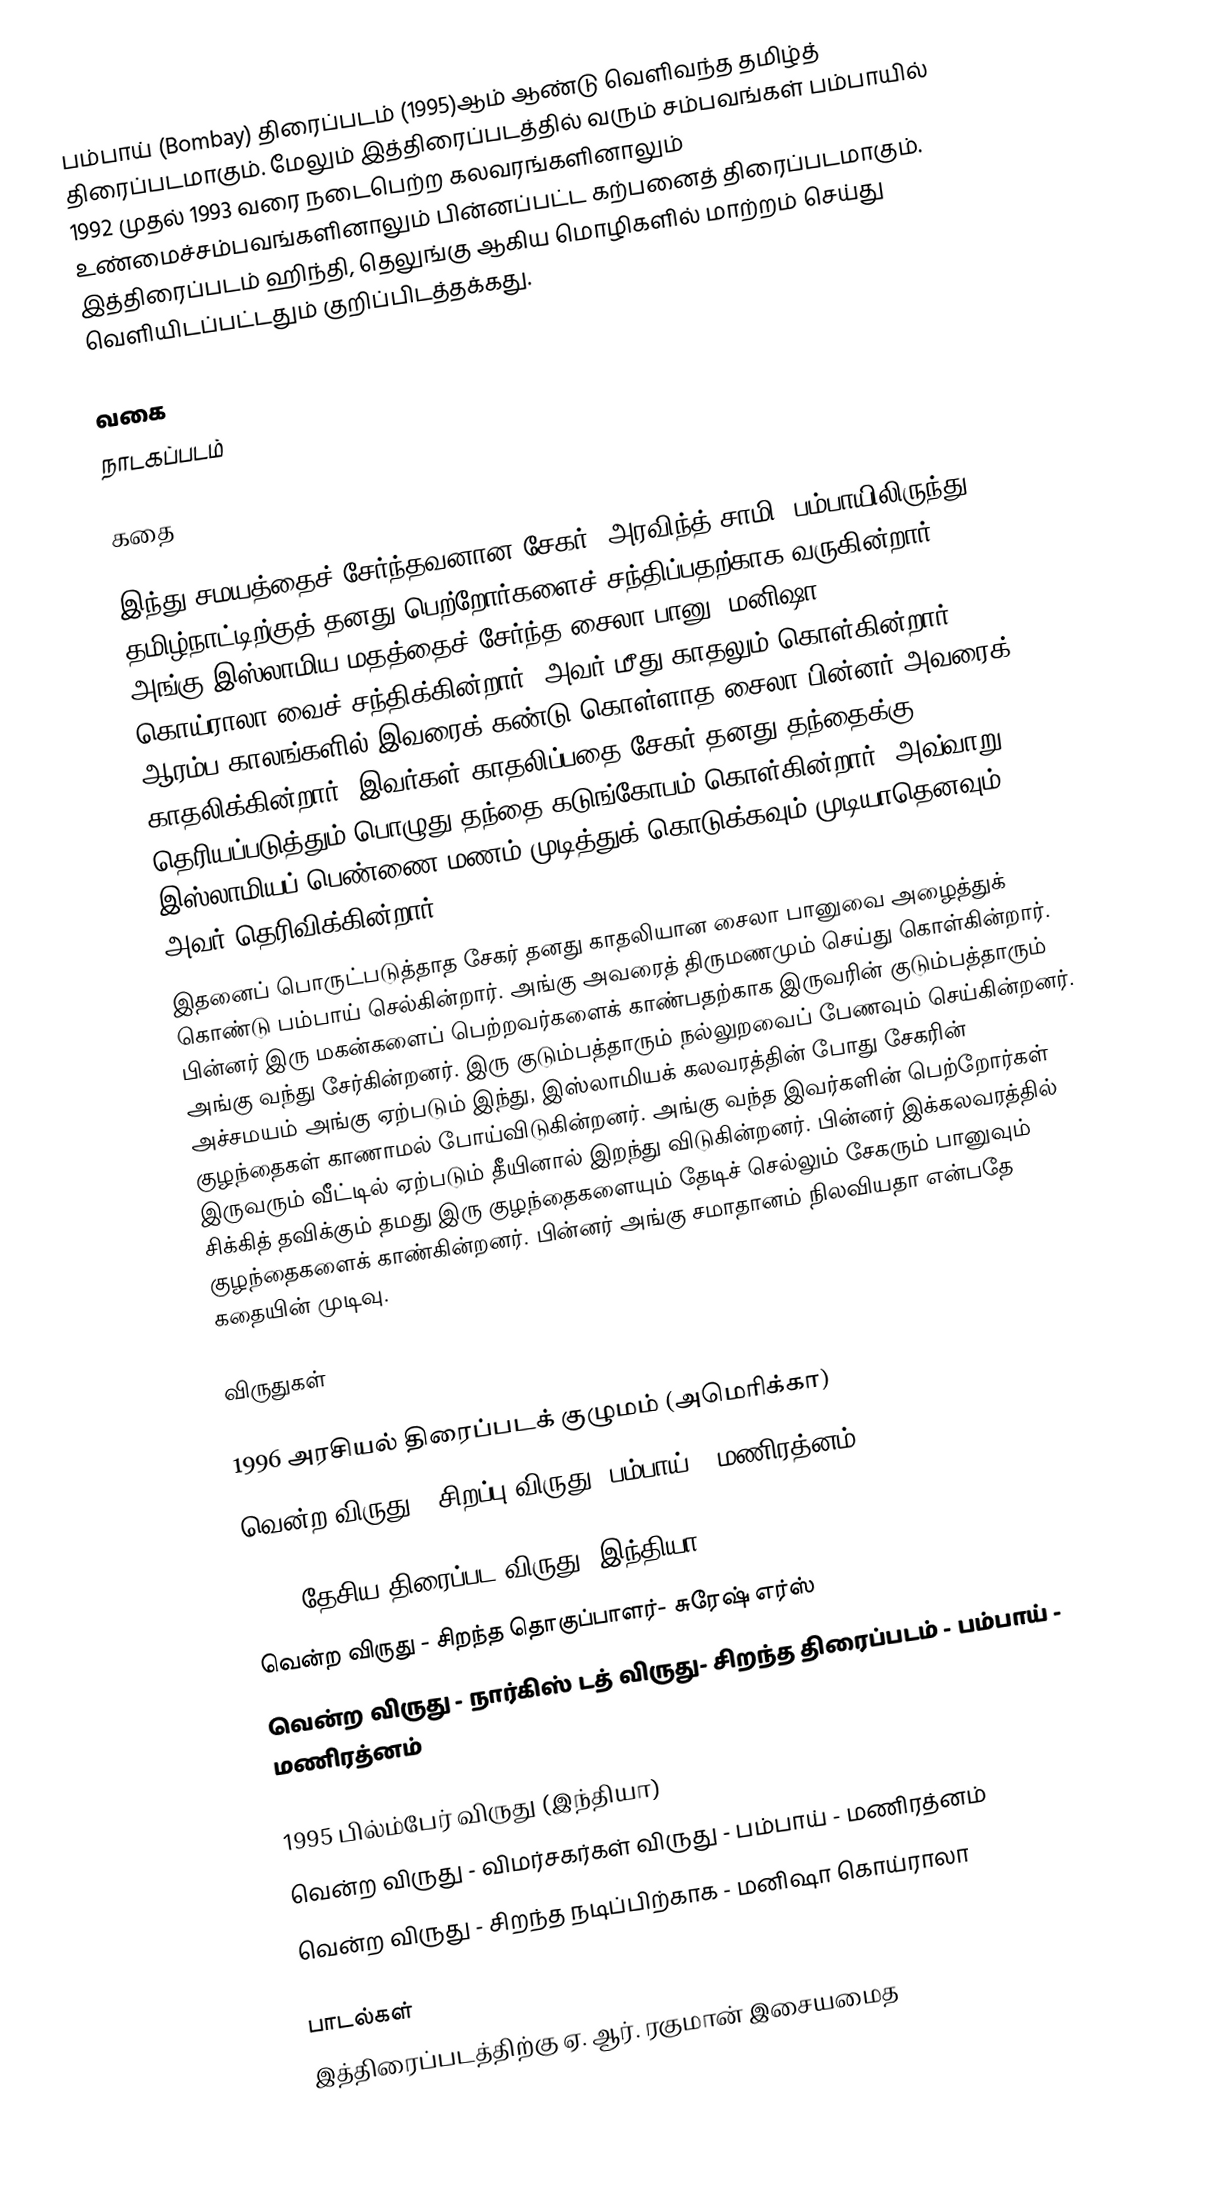
பம்பாய் (Bombay) திரைப்படம் (1995)ஆம் ஆண்டு வெளிவந்த தமிழ்த் திரைப்படமாகும். மேலும் இத்திரைப்படத்தில் வரும் சம்பவங்கள் பம்பாயில் 1992 முதல் 1993 வரை நடைபெற்ற கலவரங்களினாலும் உண்மைச்சம்பவங்களினாலும் பின்னப்பட்ட கற்பனைத் திரைப்படமாகும். இத்திரைப்படம் ஹிந்தி, தெலுங்கு ஆகிய மொழிகளில் மாற்றம் செய்து வெளியிடப்பட்டதும் குறிப்பிடத்தக்கது.

வகை
நாடகப்படம்

கதை

இந்து சமயத்தைச் சேர்ந்தவனான சேகர் (அரவிந்த் சாமி) பம்பாயிலிருந்து தமிழ்நாட்டிற்குத் தனது பெற்றோர்களைச் சந்திப்பதற்காக வருகின்றார். அங்கு இஸ்லாமிய மதத்தைச் சேர்ந்த சைலா பானு (மனிஷா கொய்ராலா)வைச் சந்திக்கின்றார். அவர் மீது காதலும் கொள்கின்றார். ஆரம்ப காலங்களில் இவரைக் கண்டு கொள்ளாத சைலா பின்னர் அவரைக் காதலிக்கின்றார். இவர்கள் காதலிப்பதை சேகர் தனது தந்தைக்கு தெரியப்படுத்தும் பொழுது தந்தை கடுங்கோபம் கொள்கின்றார். அவ்வாறு இஸ்லாமியப் பெண்ணை மணம் முடித்துக் கொடுக்கவும் முடியாதெனவும் அவர் தெரிவிக்கின்றார்.
இதனைப் பொருட்படுத்தாத சேகர் தனது காதலியான சைலா பானுவை அழைத்துக் கொண்டு பம்பாய் செல்கின்றார். அங்கு அவரைத் திருமணமும் செய்து கொள்கின்றார். பின்னர் இரு மகன்களைப் பெற்றவர்களைக் காண்பதற்காக இருவரின் குடும்பத்தாரும் அங்கு வந்து சேர்கின்றனர். இரு குடும்பத்தாரும் நல்லுறவைப் பேணவும் செய்கின்றனர். அச்சமயம் அங்கு ஏற்படும் இந்து, இஸ்லாமியக் கலவரத்தின் போது சேகரின் குழந்தைகள் காணாமல் போய்விடுகின்றனர். அங்கு வந்த இவர்களின் பெற்றோர்கள் இருவரும் வீட்டில் ஏற்படும் தீயினால் இறந்து விடுகின்றனர். பின்னர் இக்கலவரத்தில் சிக்கித் தவிக்கும் தமது இரு குழந்தைகளையும் தேடிச் செல்லும் சேகரும் பானுவும் குழந்தைகளைக் காண்கின்றனர். பின்னர் அங்கு சமாதானம் நிலவியதா என்பதே கதையின் முடிவு.

விருதுகள்

1996 அரசியல் திரைப்படக் குழுமம் (அமெரிக்கா)
 வென்ற விருது  - சிறப்பு விருது- பம்பாய் - மணிரத்னம்

1996 தேசிய திரைப்பட விருது (இந்தியா)
 வென்ற விருது  - சிறந்த தொகுப்பாளர்- சுரேஷ் எர்ஸ்
 வென்ற விருது  - நார்கிஸ் டத் விருது- சிறந்த திரைப்படம் - பம்பாய் - மணிரத்னம்

1995 பில்ம்பேர் விருது (இந்தியா)
 வென்ற விருது - விமர்சகர்கள் விருது - பம்பாய் - மணிரத்னம்
 வென்ற விருது  - சிறந்த நடிப்பிற்காக - மனிஷா கொய்ராலா

பாடல்கள்
இத்திரைப்படத்திற்கு ஏ. ஆர். ரகுமான் இசையமைத